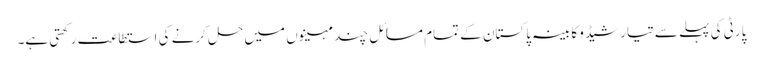
پارٹی کی پہلے سے تیار شیڈو کابینہ پاکستان کے تمام مسائل چند مہینوں میں حل کرنے کی استطاعت رکھتی ہے۔